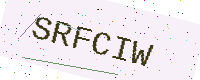
Text: SRFCIW